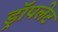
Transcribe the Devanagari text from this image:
ड्रॉपलेट